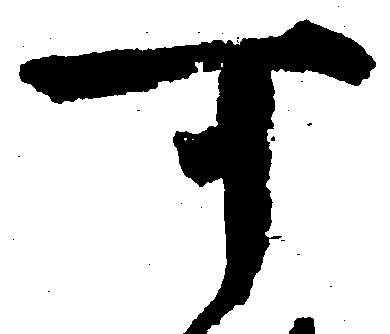
可